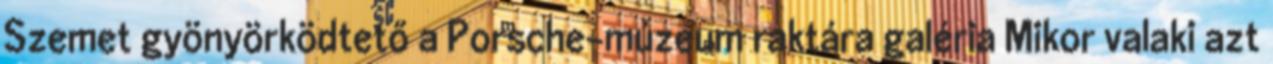
Szemet gyönyörködtető a Porsche-múzeum raktára galéria Mikor valaki azt